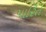
પારિત